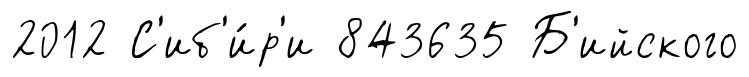
2012 С'иб'и́р'и 843635 Б'ийского